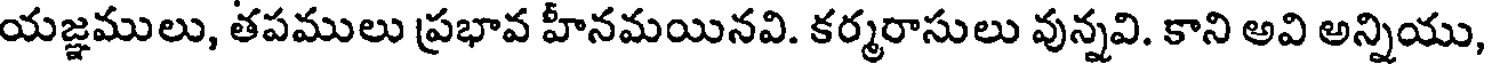
యజ్ఞములు, తపములు ప్రభావ హీనమయినవి. కర్మరాసులు వున్నవి. కాని అవి అన్నియు,